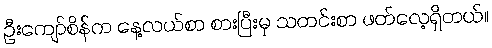
ဦးကျော်စိန်က နေ့လယ်စာ စားပြီးမှ သတင်းစာ ဖတ်လေ့ရှိတယ်။